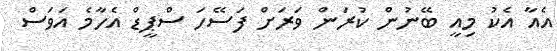
އެއާ އެކު މިއީ ބޭނުން ކުރަން ވަރަށް ފަސޭހަ ސްޕީޑް އެހާމެ އަވަސް